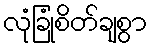
လုံခြုံစိတ်ချစွာ